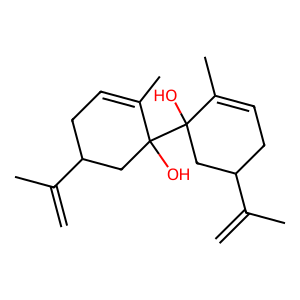
SMILES: C=C(C)C1CC=C(C)C(O)(C2(O)CC(C(=C)C)CC=C2C)C1
Inhibits HIV replication: No